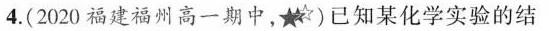
4.(2020福建福州高一期中，)已知某化学实验的结